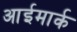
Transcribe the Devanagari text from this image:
आईमार्क